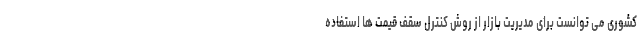
کشوری می توانست برای مدیریت بازار از روش کنترل سقف قیمت ها استفاده